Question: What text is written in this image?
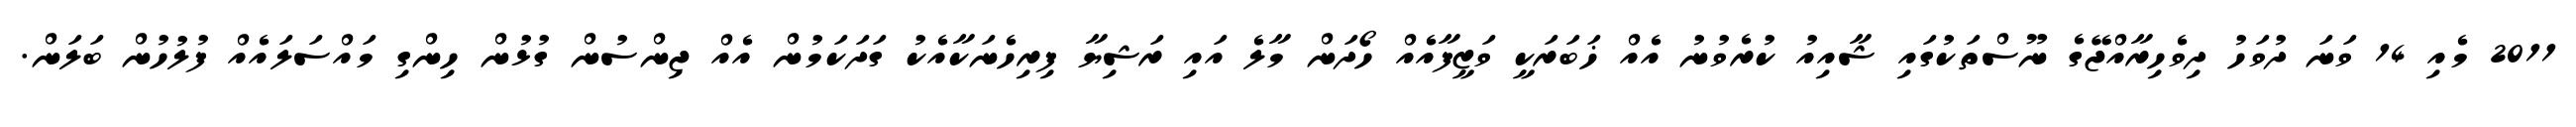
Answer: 2011 މެއި 14 ވަނަ ދުވަހު ދިވެހިރާއްޖޭގެ ނޫސްތަކުގައި ޝާއިއު ކުރެވުނު އެއް ޚަބަރަކީ ވަޒީފާއެއް ހޯދަން މާލެ އައި ރަޝިޔާ ފިރިހެނަކާއެކު ގަދަކަމުން އެއް ޖިންސުން ގުޅުން ހިންގި މައްސަލައެއް ފުލުހުން ބަލަން.